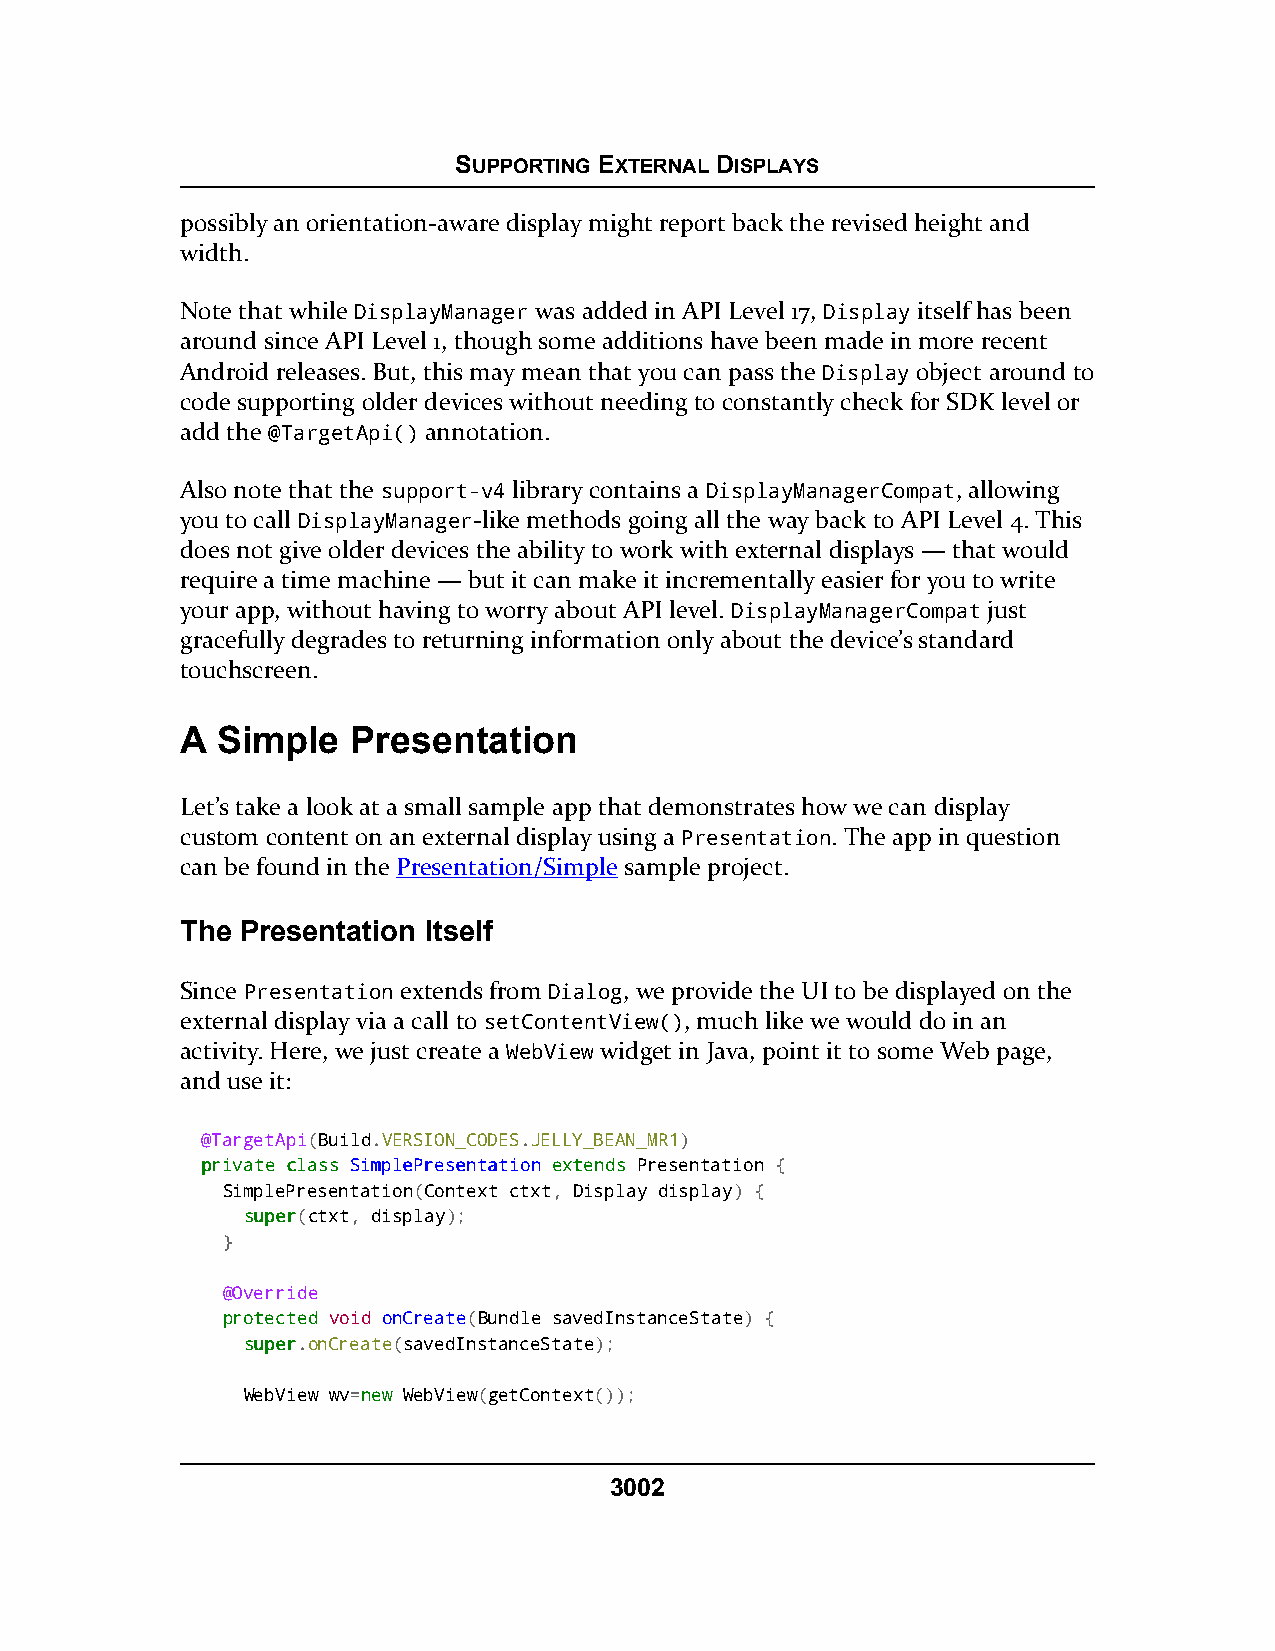
SUPPORTING EXTERNAL DISPLAYS
 possibly an orientation-aware display might report back the revised height and
 width.
 Note that while DisplayManager was added in API Level 17, Display itself has been
 around since API Level 1, though some additions have been made in more recent
 Android releases. But, this may mean that you can pass the Display object around to
 code supporting older devices without needing to constantly check for SDK level or
 add the @TargetApi() annotation.
 Also note that the support-v4 library contains a DisplayManagerCompat, allowing
 you to call DisplayManager-like methods going all the way back to API Level 4. This
 does not give older devices the ability to work with external displays — that would
 require a time machine — but it can make it incrementally easier for you to write
 your app, without having to worry about API level. DisplayManagerCompat just
 gracefully degrades to returning information only about the device’s standard
 touchscreen.
 A Simple   Presentation
 Let’s take a look at a small sample app that demonstrates how we can display
 custom content on an external display using a Presentation. The app in question
 can be found in the Presentation/Simple sample project.
 The Presentation Itself
 Since Presentation extends from Dialog, we provide the UI to be displayed on the
 external display via a call to setContentView(), much like we would do in an
 activity. Here, we just create a WebView widget in Java, point it to some Web page,
 and use it:
 @TargetApi(Build.VERSION_CODES.JELLY_BEAN_MR1)
 pprriivvaattee ccllaassss SSiimmpplleePPrreesseennttaattiioonn eexxtteennddss Presentation {
 SimplePresentation(Context ctxt, Display display) {
 ssuuppeerr(ctxt, display);
 }
 @Override
 pprrootteecctteedd void onCreate(Bundle savedInstanceState) {
 ssuuppeerr.onCreate(savedInstanceState);
 WebView wv=nneeww WebView(getContext());
 3002